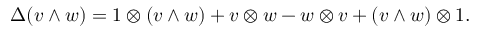
\Delta ( v \wedge w ) = 1 \otimes ( v \wedge w ) + v \otimes w - w \otimes v + ( v \wedge w ) \otimes 1 .